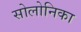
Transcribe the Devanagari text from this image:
सोलोनिका